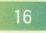
$16$